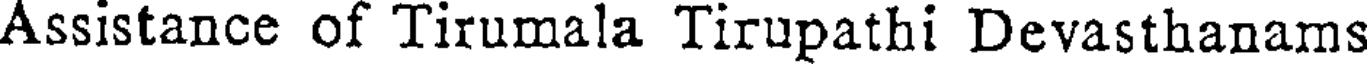
Assistance of Tirumala Tirupathi Devasthanams